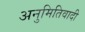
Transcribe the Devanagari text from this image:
अनुमितिवादी